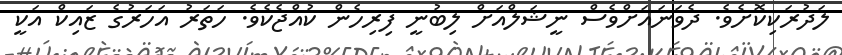
ލަދުރަކިކޮށެވެ. ދެވަނައަށްވެސް ނީޝަލްއަށް ލިބުނީ ފިރިހެން ކުއްޖެކެވެ. ހަތަރު އަހަރުގެ ޒައިކް އަކީ